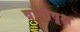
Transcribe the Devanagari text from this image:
वांगीवृक्ष